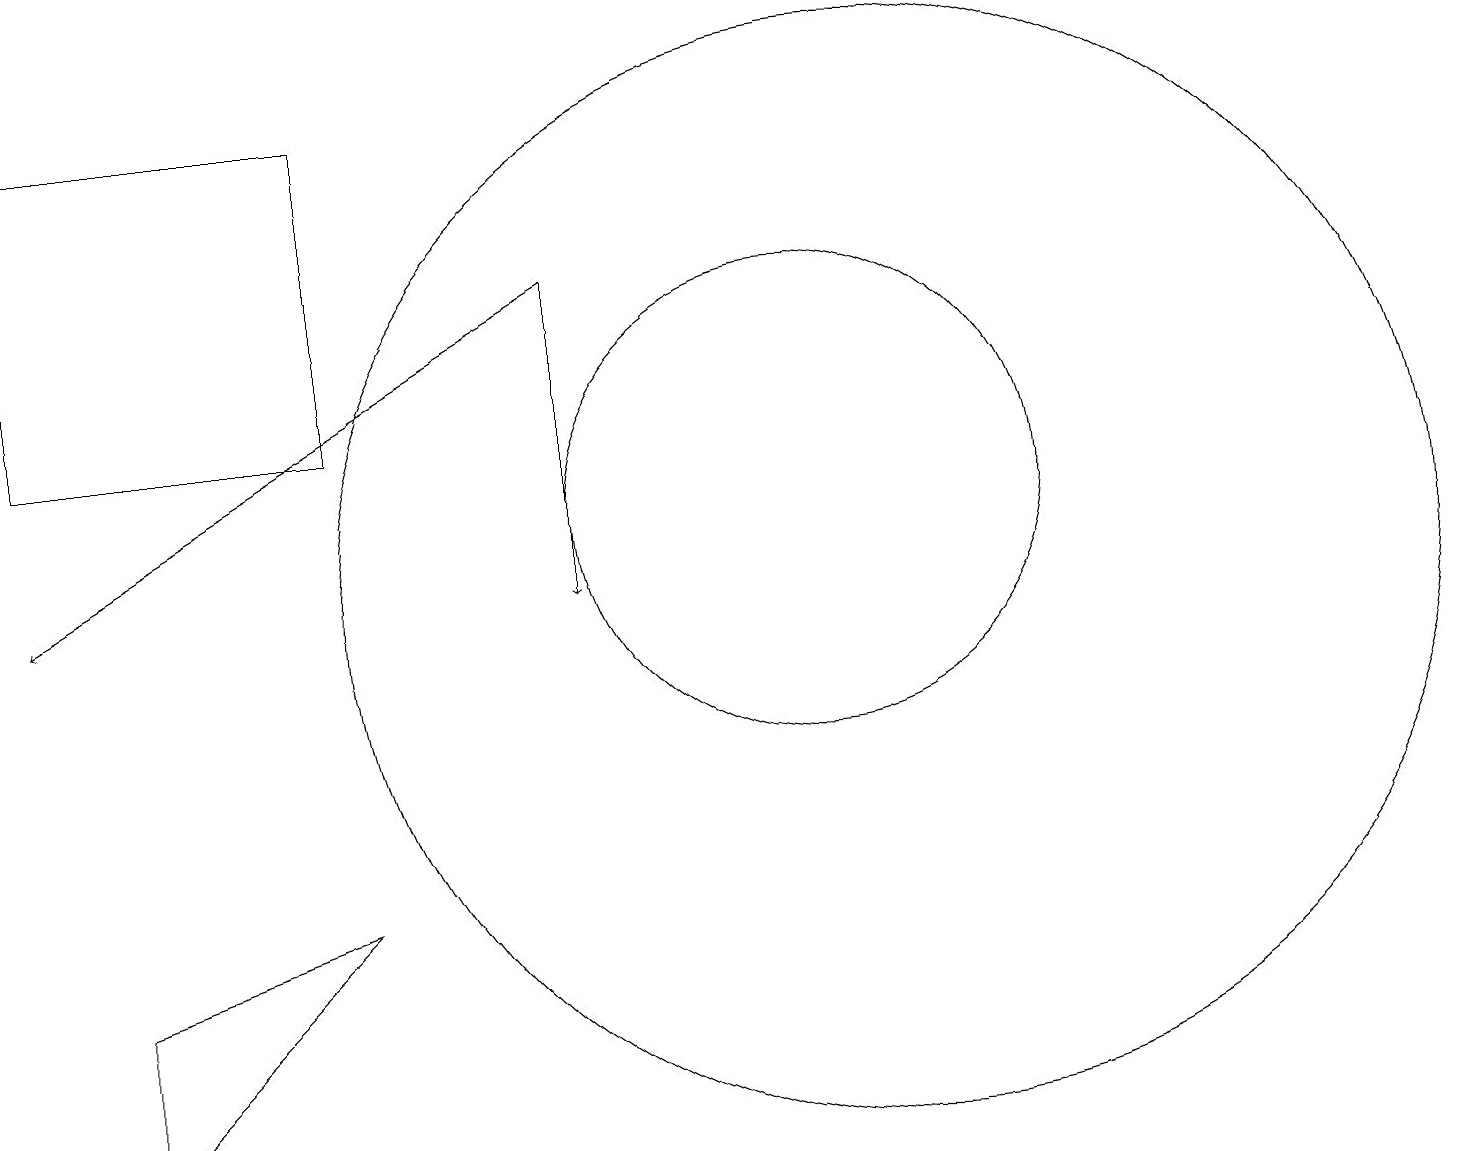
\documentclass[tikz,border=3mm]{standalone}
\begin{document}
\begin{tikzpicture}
\draw[->] (7,14) -- (7,10);
\draw (1,5) -- (1,3) -- (4,6) -- cycle;
\draw (0,16) rectangle (4,12);
\draw[->] (7,14) -- (0,10);
\draw (11,10) circle (7);
\draw (10,11) circle (3);
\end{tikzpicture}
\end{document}